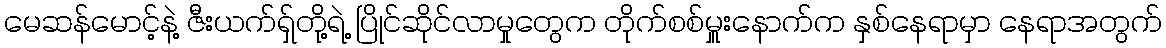
မေဆန်မောင့်နဲ့ ဇီးယက်ရှ်တို့ရဲ့ ပြိုင်ဆိုင်လာမှုတွေက တိုက်စစ်မှူးနောက်က နှစ်နေရာမှာ နေရာအတွက်